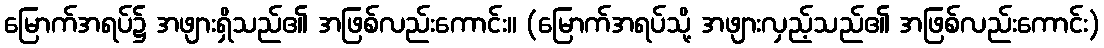
မြောက်အရပ်၌ အဖျားရှိသည်၏ အဖြစ်လည်းကောင်း။ (မြောက်အရပ်သို့ အဖျားလှည့်သည်၏ အဖြစ်လည်းကောင်း)